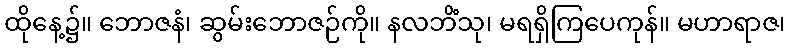
ထိုနေ့၌။ ဘောဇနံ၊ ဆွမ်းဘောဇဉ်ကို။ နလဘိံသု၊ မရရှိကြပေကုန်။ မဟာရာဇ၊